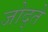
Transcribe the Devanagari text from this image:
जोद्ते